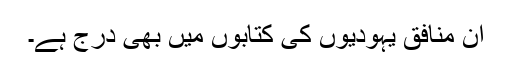
ان منافق یہودیوں کی کتابوں میں بھی درج ہے۔